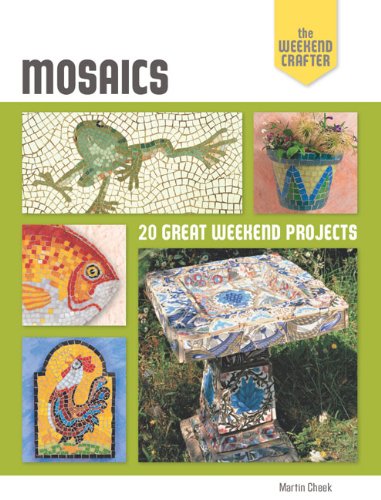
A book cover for The Weekend Crafter: Mosaics: 20 Great Weekend Projects; Martin Cheek; Crafts, Hobbies & Home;